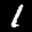
Label: 1